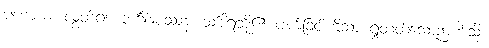
ပဟာယ၊ လွှတ်၍။ ဘင်္ဂါနုပဿနံ၊ သင်္ခါရတို့၏ ပျက်ခြင်းကိုသာ ရှုတတ်သောဉာဏ်သို့။